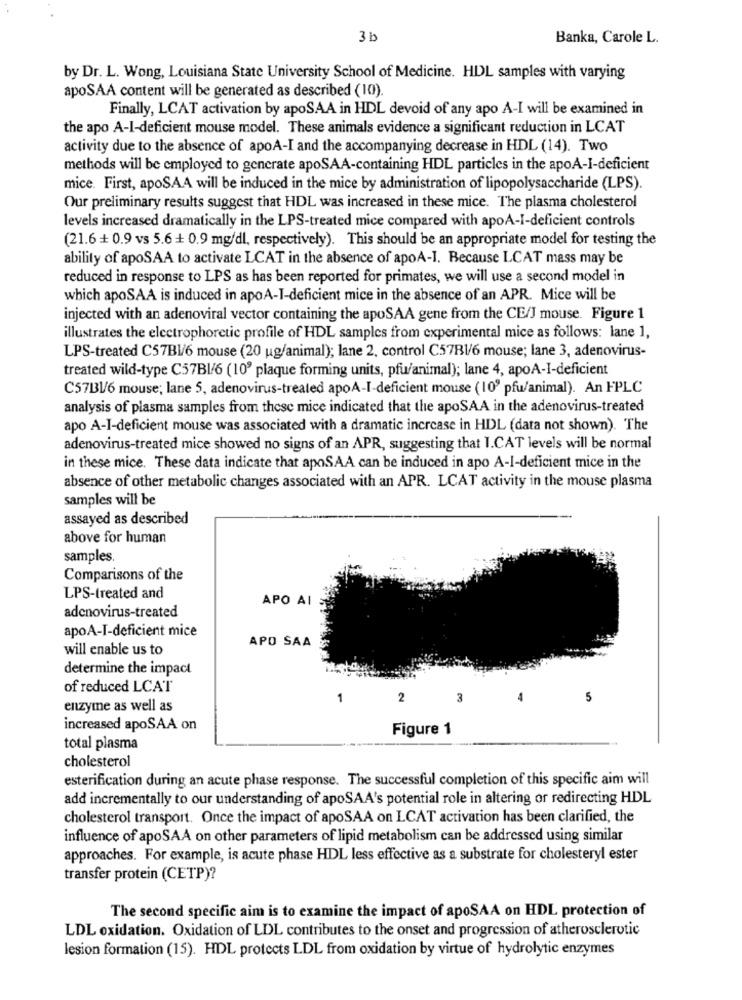
3b
Banka, Carole L.
by Dr. L. Wong, Louisiana State University School of Medicine. HDL samples with varying
apoSAA content will be generated as described (10).
Finally, LCAT activation by apoSAA in HDL devoid of any apo A-I will be examined in
the apo A-I-deficient mouse model. These animals evidence a significant reduction in LCAT
activity due to the absence of apoA-I and the accompanying decrease in HDL (14). Two
methods will be employed to generate apoSAA-containing HDL particles in the apoA-I-deficient
mice. First, apoSAA will be induced in the mice by administration of lipopolysaccharide (LPS).
Our preliminary results suggest that HDL was increased in these mice. The plasma cholesterol
levels increased dramatically in the LPS-treated mice compared with apoA-I-deficient controls
(21.6 + 0.9 vs 5.6 + 0.9 mg/dl, respectively). This should be an appropriate model for testing the
ability of apoSAA to activate LCAT in the absence of apoA-I. Because LCAT mass may be
reduced in response to LPS as has been reported for primates, we will use a second model in
which apoSAA is induced in apoA-I-deficient mice in the absence of an APR. Mice will be
injected with an adenoviral vector containing the apoSAA gene from the CE/J mouse. Figure 1
illustrates the electrophoretic profile of HDL samples from experimental mice as follows: lane 1,
LPS-treated C57B1/6 mouse (20 ug/animal); lane 2, control C57B1/6 mouse; lane 3, adenovirus-
treated wild-type C57BI/6 (109 plaque forming units, pfu/animal); lane 4, apoA-I-deficient
C57B31/6 mouse; lane 5, adenovirus-treated apoA-I-deficient mouse (109 pfu/animal). An FPLC
analysis of plasma samples from these mice indicated that the apoSAA in the adenovirus-treated
apo A-I-deficient mouse was associated with a dramatic increase in HDL (data not shown). The
adenovirus-treated mice showed no signs of an APR, suggesting that I.CAT levels will be normal
in these mice. These data indicate that apoSAA can be induced in apo A-I-deficient mice in the
absence of other metabolic changes associated with an APR. LCAT activity in the mouse plasma
samples will be
assayed as described
above for human
samples.
Comparisons of the
LPS-treated and
APO AI
adenovirus-treated
apoA-I-deficient mice
APO SAA
will enable us to
determine the impact
of reduced LCAT
1
2
3
5
enzyme as well as
increased apoSAA on
Figure 1
total plasma
cholesterol
esterification during an acute phase response. The successful completion of this specific aim will
add incrementally to our understanding of apoSAA's potential role in altering or redirecting HDL
cholesterol transport. Once the impact of apoSAA on LCAT activation has been clarified, the
influence of apoSAA on other parameters of lipid metabolism can be addressed using similar
approaches. For example, is acute phase HDL less effective as a substrate for cholesteryl ester
transfer protein (CETP)?
The second specific aim is to examine the impact of apoSAA on HDL protection of
LDL oxidation. Oxidation of LDL contributes to the onset and progression of atherosclerotic
lesion formation (15). HDL protects LDL from oxidation by virtue of hydrolytic enzymes